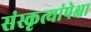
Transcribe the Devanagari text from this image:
संस्कृत्यांपेक्षा